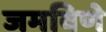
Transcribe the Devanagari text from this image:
जमविणे